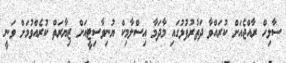
ސާލިހް ރާއްޖެއަށް ކުރައްވާ ދަތުރުފުޅުގައި މާދަމާ އިސްލާމިކް ޔުނިވާސިޓީއަށް ޒިޔާރަތް ކުރެއްވުމަށް ވަނީ